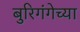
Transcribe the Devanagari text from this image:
बुरिगंगेच्या